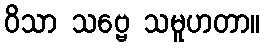
ဝိသာ သဗ္ဗေ သမူဟတာ။